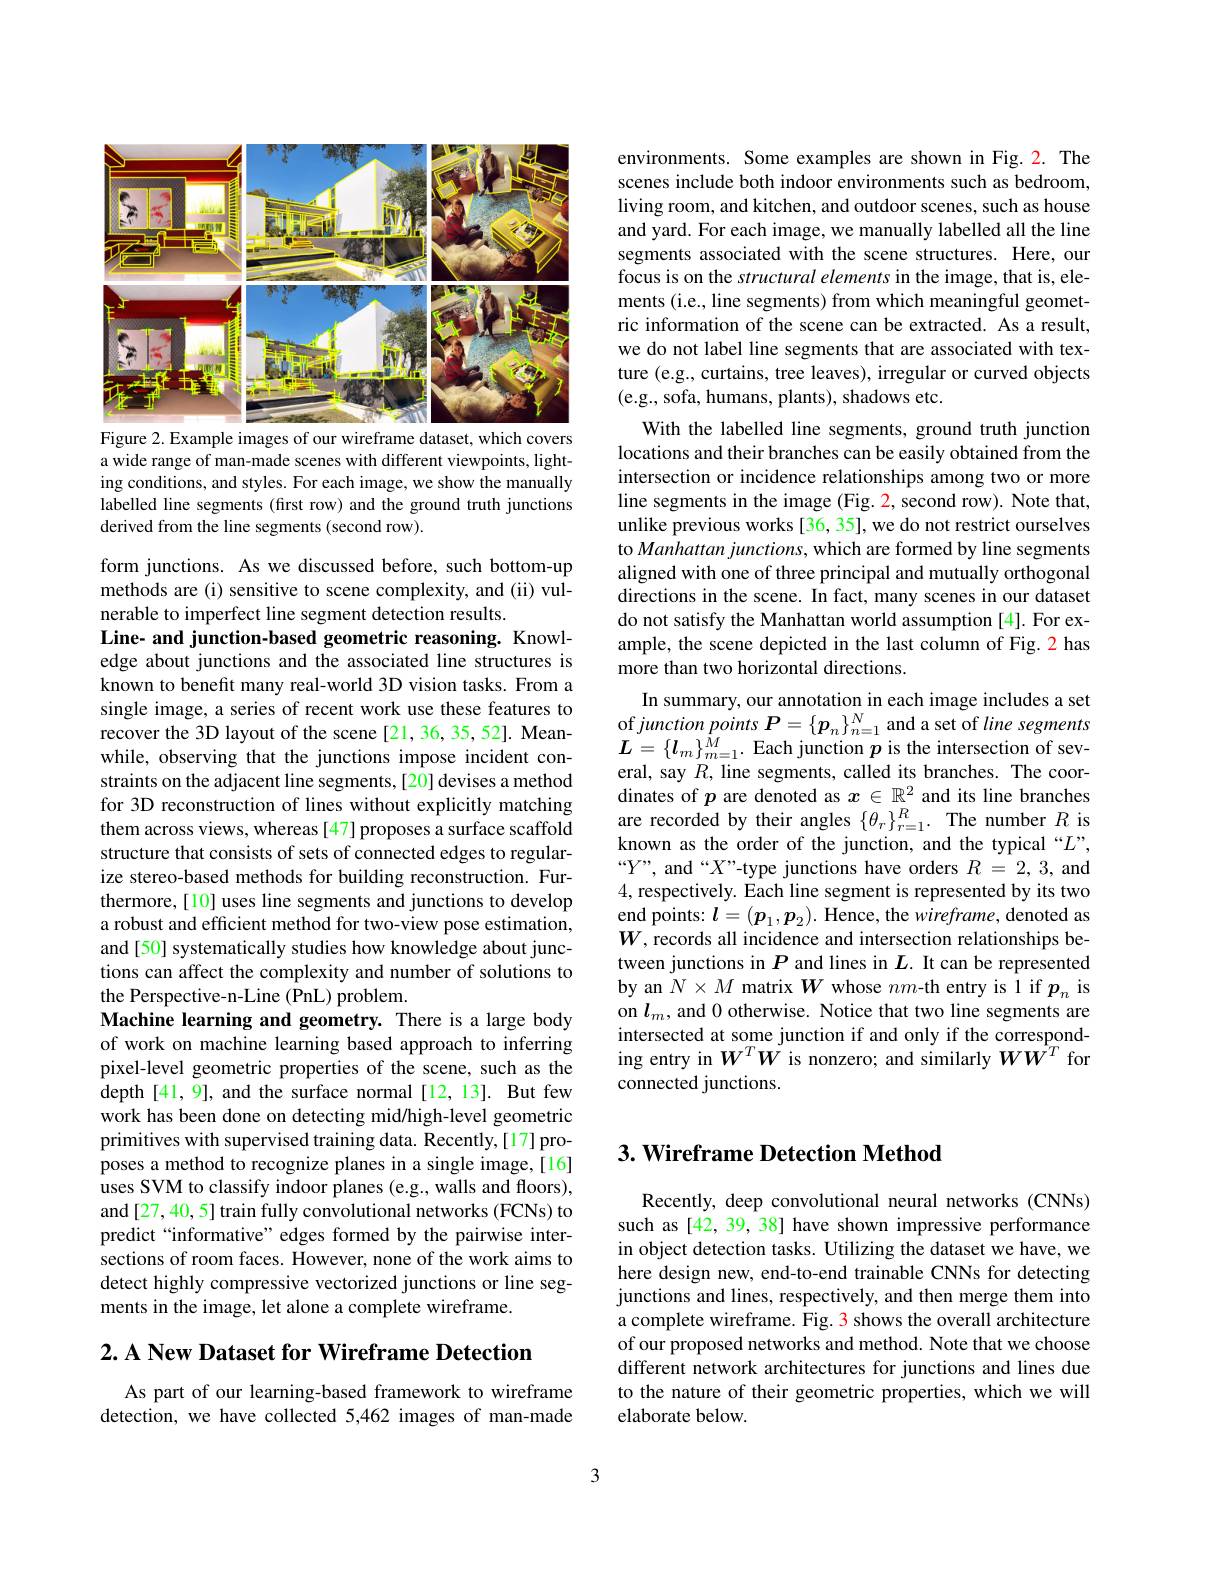
<FigureHere>
Figure 2. Example images of our wireframe dataset, which covers

a wide range of man-made scenes with different viewpoints, lighting conditions, and styles. For each image, we show the manually labelled line segments (first row) and the ground truth junctions derived from the line segments (second row).

form junctions. As we discussed before, such bottom-up methods are (i) sensitive to scene complexity, and (ii) vulnerable to imperfect line segment detection results.
Line- and junction-based geometric reasoning. Knowledge about junctions and the associated line structures is known to benefit many real-world 3D vision tasks. From a single image, a series of recent work use these features to recover the 3D layout of the scene [21,36,35,52]. Meanwhile, observing that the junctions impose incident constraints on the adjacent line segments, [20] devises a method for 3D reconstruction of lines without explicitly matching them across views, whereas [47] proposes a surface scaffold structure that consists of sets of connected edges to regularize stereo-based methods for building reconstruction. Furthermore, [10] uses line segments and junctions to develop a robust and efficient method for two-view pose estimation, and [50] systematically studies how knowledge about junctions can affect the complexity and number of solutions to the Perspective-n-Line (PnL) problem.
Machine learning and geometry. There is a large body of work on machine learning based approach to inferring pixel-level geometric properties of the scene, such as the depth [41,9], and the surface normal [12,13]. But few work has been done on detecting mid/high-level geometric primitives with supervised training data. Recently,[17] proposes a method to recognize planes in a single image,[16] uses SVM to classify indoor planes (e.g., walls and floors), and [27,40,5] train fully convolutional networks (FCNs) to predict “informative” edges formed by the pairwise intersections of room faces. However, none of the work aims to detect highly compressive vectorized junctions or line segments in the image, let alone a complete wireframe.

$2. \textbf{ A New Dataset for Wireframe Detection}$

As part of our learning-based framework to wireframe detection, we have collected 5,462 images of man-made

environments. Some examples are shown in Fig.2. The scenes include both indoor environments such as bedroom, living room, and kitchen, and outdoor scenes, such as house and yard. For each image, we manually labelled all the line segments associated with the scene structures. Here, our focus is on the structural elements in the image, that is, elements (i.e., line segments) from which meaningful geometric information of the scene can be extracted. As a result, we do not label line segments that are associated with texture (e.g., curtains, tree leaves), irregular or curved objects (e.g., sofa, humans, plants), shadows etc.
With the labelled line segments, ground truth junction locations and their branches can be easily obtained from the intersection or incidence relationships among two or more line segments in the image (Fig. 2, second row). Note that, unlike previous works [36, 35], we do not restrict ourselves to Manhattan junctions, which are formed by line segments aligned with one of three principal and mutually orthogonal directions in the scene. In fact, many scenes in our dataset do not satisfy the Manhattan world assumption [4]. For example, the scene depicted in the last column of Fig. 2 has more than two horizontal directions.
In summary, our annotation in each image includes a set of junction points $\boldsymbol{P}=\{\boldsymbol{p}_n\}_{n=1}^N$ and a set of line segments $\boldsymbol{L}=\{\boldsymbol{l}_{m}\}_{m=1}^{\dot{M}}.$ Each junction $p$ is the intersection of several, say $R$, line segments, called its branches. The coordinates of $p$ are denoted as $x\in\mathbb{R}^2$ and its line branches are recorded by their angles $\{\theta_{r}\}_{r=1}^{R}.$ The number $R$ is known as the order of the junction, and the typical “$L”$, $“Y”$, and “X”-type junctions have orders $R=2,3$, and 4,respectively. Each line segment is represented by its two end points: $l=(\boldsymbol{p}_1,\boldsymbol{p}_2).$ Hence, the wireframe, denoted as $W$,records all incidence and intersection relationships between junctions in $P$ and lines in $L.$ It can be represented by an $N\times M$ matrix $W$ whose $nm$-th entry is Î if $p_n$ is on $l_m$, and 0 otherwise. Notice that two line segments are intersected at some junction if and only if the corresponding entry in $W^TW^{\tilde{W}}$ is nonzero; and similarly $WW^{\tilde{W}^T}$ for connected junctions.

## 3. Wireframe Detection Method

Recently, deep convolutional neural networks (CNNs) such as [42,39,38] have shown impressive performance in object detection tasks. Utilizing the dataset we have, we here design new, end-to-end trainable CNNs for detecting junctions and lines, respectively, and then merge them into a complete wireframe. Fig. 3 shows the overall architecture of our proposed networks and method. Note that we choose different network architectures for junctions and lines due to the nature of their geometric properties, which we will elaborate below.

3